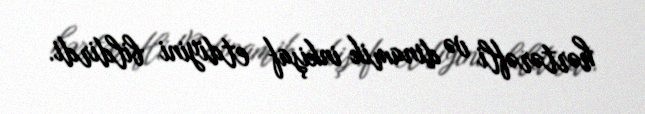
hərtərəfli və dinamik inkişaf etdiyini bildirdi.